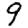
Digit: 9